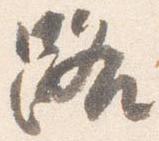
路